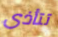
تتأذى